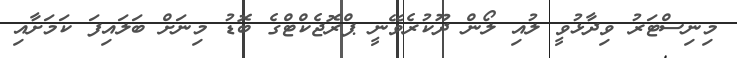
މިނިސްޓަރު ވިދާޅުވީ ލުއި ލޯން ދޫކުރެވޭނީ ޕްރޮޖެކްޓްގެ ބޮޑު މިނަށް ބަލައިފަ ކަމަށާއި